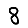
Digit: 8